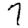
Digit: 7